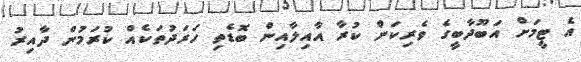
އެ ޓީމަށް އަބޫދާބީގެ ވެރިކަން ކުރާ އާއިލާއިން ބޮޑެތި ހަރަދުތަކެއް ކުރަމުން ދާއިރު